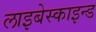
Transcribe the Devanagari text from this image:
लाइबेस्काइन्ड